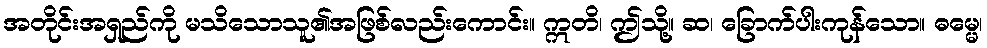
အတိုင်းအရှည်ကို မသိသောသူ၏အဖြစ်လည်းကောင်း။ ဣတိ၊ ဤသို့။ ဆ၊ ခြောက်ပါးကုန်သော။ ဓမ္မေ၊